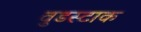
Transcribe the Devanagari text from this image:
वुडस्टाक